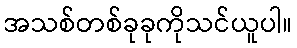
အသစ်တစ်ခုခုကိုသင်ယူပါ။